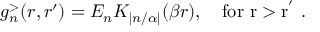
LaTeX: g _ { n } ^ { > } ( r , r ^ { \prime } ) = E _ { n } K _ { | n / \alpha | } ( \beta r ) , \quad \mathrm { f o r ~ r > r ^ { ' } ~ . }